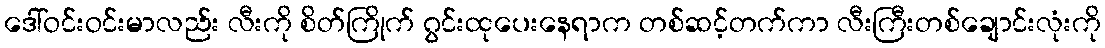
ဒေါ်ဝင်းဝင်းမာလည်း လီးကို စိတ်ကြိုက် ဂွင်းထုပေးနေရာက တစ်ဆင့်တက်ကာ လီးကြီးတစ်ချောင်းလုံးကို